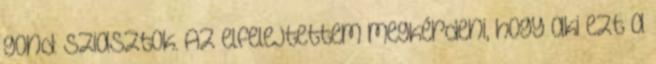
gond: Sziasztok. Az elfelejtettem megkérdeni, hogy aki ezt a